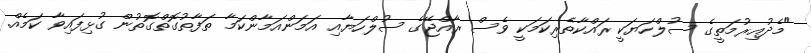
"މެދުއިރުމަތީގެ ސުލްހަޔަކީ ރައްކާތެރިކަމަކީ ވެސް ރާއްޖޭގެ ސުލްހަޔާއި އަމަންއަމާންކަމާ ތަފާތުގޮތްގޮތުން ގުޅިފައިވާ ކަމެއް.